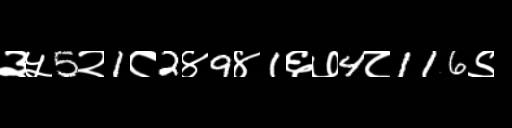
Text: ३५5२1८2४9४1६७4८116९